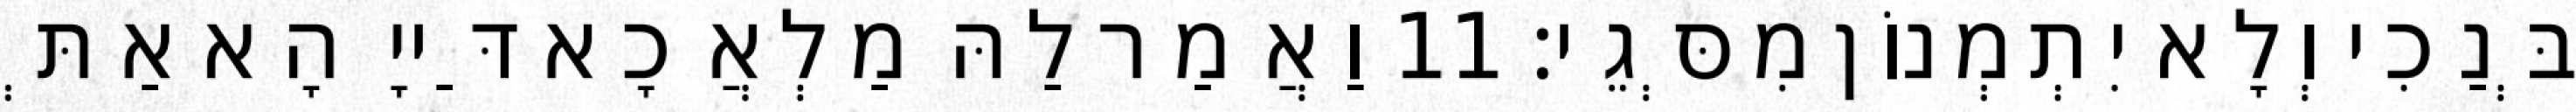
בְּנַכִי וְלָא יִתְמְנוֹן מִסְּגֵי׃ 11 וַאֲמַר לַהּ מַלְאֲכָא דַּייָ הָא אַתְּ